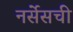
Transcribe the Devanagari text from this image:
नर्सेसची